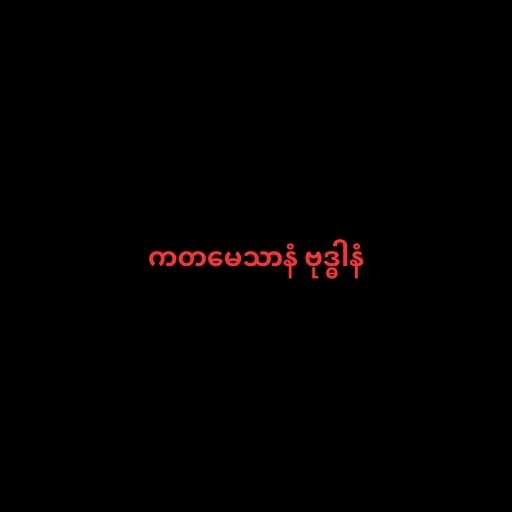
ကတမေသာနံ ဗုဒ္ဓါနံ